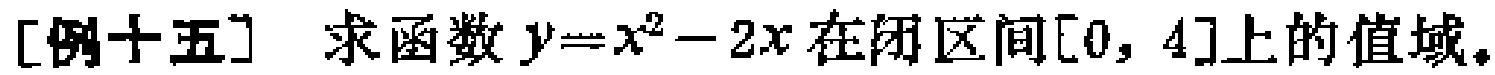
[例十五] 求函数 \(y = x^{2}-2x\) 在闭区间\([0, 4]\)上的值域。